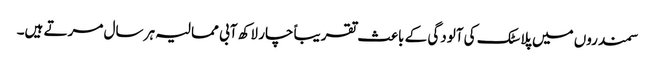
سمندروں میں پلاسٹک کی آلودگی کے باعث تقریباً چار لاکھ آبی ممالیہ ہر سال مرتے ہیں۔